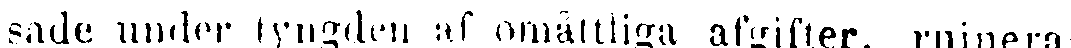
sade, under tyngden af omåttliga afgifter, ruinera